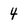
Character: 4